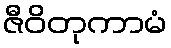
ဇီဝိတုကာမံ